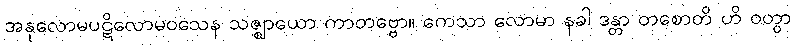
အနုလောမပဋိလောမဝသေန သဇ္ဈာယော ကာတဗ္ဗော။ ကေသာ လောမာ နခါ ဒန္တာ တစောတိ ဟိ ဝတွာ